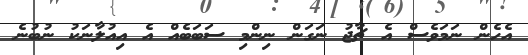
އެހެން ނަމަވެސް އެ ޗާޖު ނަގަން ނިންމި ސަބަބެއް އެ އިއުލާނަކު ނުބުނެ